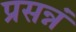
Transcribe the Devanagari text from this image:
प्रसन्नं